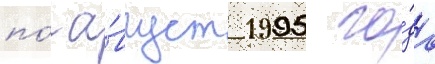
по́ а́вгуст 1995 го́да